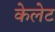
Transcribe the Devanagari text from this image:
केलेट